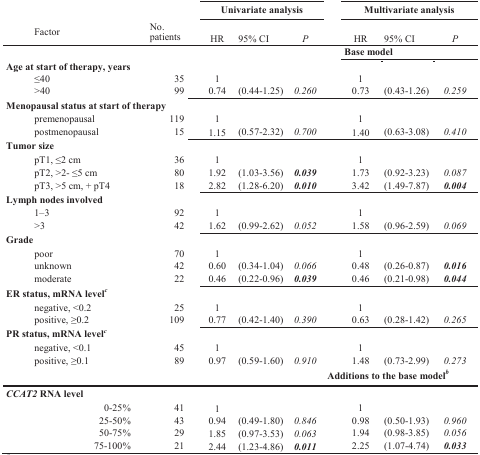
<table><thead><tr><td></td><td></td><td colspan="3"><b>Univariate analysis</b></td><td colspan="3"><b>Multivariate analysis</b></td></tr><tr><td><b>Factor</b></td><td><b>No. Patients</b></td><td><b>HR</b></td><td><b>95% CI</b></td><td><b><i>P</i></b></td><td><b>HR</b></td><td><b>95% CI</b></td><td><b><i>P</i></b></td></tr></thead><tbody><tr><td></td><td></td><td></td><td></td><td></td><td colspan="3"><b>Base model</b></td></tr><tr><td><b>Age at start of therapy, years</b></td><td></td><td></td><td></td><td></td><td></td><td></td><td></td></tr><tr><td> ≤40</td><td>35</td><td>1</td><td></td><td></td><td>1</td><td></td><td></td></tr><tr><td> &gt;40</td><td>99</td><td>0.74</td><td>(0.44-1.25)</td><td><i>0.260</i></td><td>0.73</td><td>(0.43-1.26)</td><td><i>0.259</i></td></tr><tr><td><b>Menopausal status at start of therapy</b></td><td></td><td></td><td></td><td></td><td></td><td></td><td></td></tr><tr><td> premenopausal</td><td>119</td><td>1</td><td></td><td></td><td>1</td><td></td><td></td></tr><tr><td> postmenopausal</td><td>15</td><td>1.15</td><td>(0.57-2.32)</td><td><i>0.700</i></td><td>1.40</td><td>(0.63-3.08)</td><td><i>0.410</i></td></tr><tr><td><b>Tumor size</b></td><td></td><td></td><td></td><td></td><td></td><td></td><td></td></tr><tr><td> pT1, ≤2 cm</td><td>36</td><td>1</td><td></td><td></td><td>1</td><td></td><td></td></tr><tr><td> pT2, &gt;2- ≤5 cm</td><td>80</td><td>1.92</td><td>(1.03-3.56)</td><td><i><b>0.039</b></i></td><td>1.73</td><td>(0.92-3.23)</td><td><i>0.087</i></td></tr><tr><td> pT3, &gt;5 cm, + pT4</td><td>18</td><td>2.82</td><td>(1.28-6.20)</td><td><i><b>0.010</b></i></td><td>3.42</td><td>(1.49-7.87)</td><td><i><b>0.004</b></i></td></tr><tr><td><b>Lymph nodes involved</b></td><td></td><td></td><td></td><td></td><td></td><td></td><td></td></tr><tr><td> 1−3</td><td>92</td><td>1</td><td></td><td></td><td>1</td><td></td><td></td></tr><tr><td> &gt;3</td><td>42</td><td>1.62</td><td>(0.99-2.62)</td><td><i>0.052</i></td><td>1.58</td><td>(0.96-2.59)</td><td><i>0.069</i></td></tr><tr><td><b>Grade</b></td><td></td><td></td><td></td><td></td><td></td><td></td><td></td></tr><tr><td> poor</td><td>70</td><td>1</td><td></td><td></td><td>1</td><td></td><td></td></tr><tr><td> unknown</td><td>42</td><td>0.60</td><td>(0.34-1.04)</td><td><i>0.066</i></td><td>0.48</td><td>(0.26-0.87)</td><td><i><b>0.016</b></i></td></tr><tr><td> moderate</td><td>22</td><td>0.46</td><td>(0.22-0.96)</td><td><i><b>0.039</b></i></td><td>0.46</td><td>(0.21-0.98)</td><td><i><b>0.044</b></i></td></tr><tr><td><b>ER status, mRNA level<sup>c</sup></b></td><td></td><td></td><td></td><td></td><td></td><td></td><td></td></tr><tr><td> negative, &lt;0.2</td><td>25</td><td>1</td><td></td><td></td><td>1</td><td></td><td></td></tr><tr><td> positive, ≥0.2</td><td>109</td><td>0.77</td><td>(0.42-1.40)</td><td><i>0.390</i></td><td>0.63</td><td>(0.28-1.42)</td><td><i>0.265</i></td></tr><tr><td><b>PR status, mRNA level<sup>c</sup></b></td><td></td><td></td><td></td><td></td><td></td><td></td><td></td></tr><tr><td> negative, &lt;0.1</td><td>45</td><td>1</td><td></td><td></td><td>1</td><td></td><td></td></tr><tr><td> positive, ≥0.1</td><td>89</td><td>0.97</td><td>(0.59-1.60)</td><td><i>0.910</i></td><td>1.48</td><td>(0.73-2.99)</td><td><i>0.273</i></td></tr><tr><td></td><td></td><td></td><td></td><td></td><td colspan="3"><b>Additions to the base model<sup>b</sup></b></td></tr><tr><td><b><i>CCAT2</i> RNA level</b></td><td></td><td></td><td></td><td></td><td></td><td></td><td></td></tr><tr><td>0-25%</td><td>41</td><td>1</td><td></td><td></td><td>1</td><td></td><td></td></tr><tr><td>25-50%</td><td>43</td><td>0.94</td><td>(0.49-1.80)</td><td><i>0.846</i></td><td>0.98</td><td>(0.50-1.93)</td><td><i>0.960</i></td></tr><tr><td>50-75%</td><td>29</td><td>1.85</td><td>(0.97-3.53)</td><td><i>0.063</i></td><td>1.94</td><td>(0.98-3.85)</td><td><i>0.056</i></td></tr><tr><td>75-100%</td><td>21</td><td>2.44</td><td>(1.23-4.86)</td><td><i><b>0.011</b></i></td><td>2.25</td><td>(1.07-4.74)</td><td><b><i>0.033</i></b></td></tr></tbody></table>